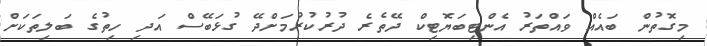
މިގޮތުން ބައެއް ވައްތަރު އެންޓިބަޔޮޓިކް ދޭތެރެ ދުރުކުރުމަށްދޭ ގުޅަބޭސް އަދި ހިތުގެ ބަލިތަކަށް